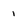
Character: 1